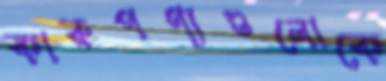
কারুপণ্যগুলোকে